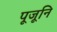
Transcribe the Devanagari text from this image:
पूजूनि